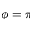
\phi = \pi